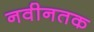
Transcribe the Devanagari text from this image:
नवीनतक